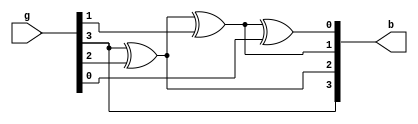
// Code your design here
module gray_binary (b,g);

  input [3:0]g;
  output [3:0]b;


  
 assign b[0]=b[1]^g[0];   
 assign b[1]=b[2]^g[1];
 assign  b[2]=b[3]^g[2];
 assign  b[3]=g[3];


endmodule